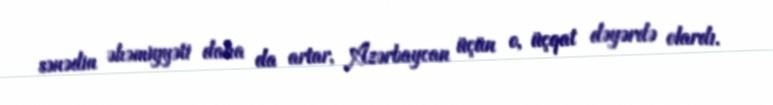
sənədin əhəmiyyəti daha da artar, Azərbaycan üçün o, üçqat dəyərdə olardı.